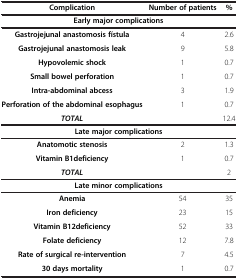
<table><thead><tr><td><b>Complication</b></td><td><b>Number of patients</b></td><td><b>%</b></td></tr></thead><tbody><tr><td colspan="3"><b>Early major complications</b></td></tr><tr><td><b>Gastrojejunal anastomosis fístula</b></td><td>4</td><td>2.6</td></tr><tr><td><b>Gastrojejunal anastomosis leak</b></td><td>9</td><td>5.8</td></tr><tr><td><b>Hypovolemic shock</b></td><td>1</td><td>0.7</td></tr><tr><td><b>Small bowel perforation</b></td><td>1</td><td>0.7</td></tr><tr><td><b>Intra-abdominal abcess</b></td><td>3</td><td>1.9</td></tr><tr><td><b>Perforation of the abdominal esophagus</b></td><td>1</td><td>0.7</td></tr><tr><td><b><i>TOTAL</i></b></td><td> </td><td>12.4</td></tr><tr><td colspan="3"><b>Late major complications</b></td></tr><tr><td><b>Anatomotic stenosis</b></td><td>2</td><td>1.3</td></tr><tr><td><b>Vitamin B1deficiency</b></td><td>1</td><td>0.7</td></tr><tr><td><b><i>TOTAL</i></b></td><td> </td><td>2</td></tr><tr><td colspan="3"><b>Late minor complications</b></td></tr><tr><td><b>Anemia</b></td><td>54</td><td>35</td></tr><tr><td><b>Iron deficiency</b></td><td>23</td><td>15</td></tr><tr><td><b>Vitamin B12deficiency</b></td><td>52</td><td>33</td></tr><tr><td><b>Folate deficiency</b></td><td>12</td><td>7.8</td></tr><tr><td><b>Rate of surgical re-intervention</b></td><td>7</td><td>4.5</td></tr><tr><td><b>30 days mortality</b></td><td>1</td><td>0.7</td></tr></tbody></table>